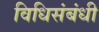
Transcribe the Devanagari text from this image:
विधिसंबंधी